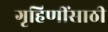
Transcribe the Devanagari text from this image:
गृहिणींसाठी